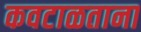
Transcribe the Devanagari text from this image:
कवटाळताना